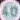
40